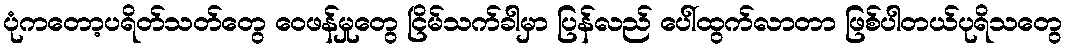
ပုံကတော့ပရိတ်သတ်တွေ ဝေဖန်မှုတွေ ငြိမ်သက်ခါမှာ ပြန်လည် ပေါ်ထွက်လာတာ ဖြစ်ပါတယ်ပုရိသတွေ